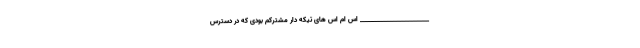
_______________________ اس ام اس های تیکه دار مشترکم بودی که در دسترس